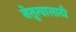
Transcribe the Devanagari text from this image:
नेतृत्वासाठी